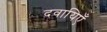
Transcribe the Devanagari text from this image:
दवायिएँ